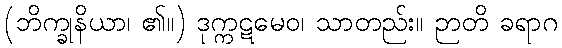
(ဘိက္ခုနိယာ၊ ၏။) ဒုက္ကဋမေဝ၊ သာတည်း။ ဉာတိ ခရာဂ